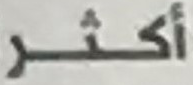
أكثر